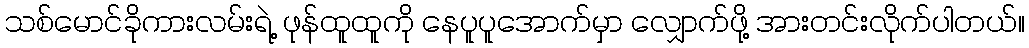
သစ်မောင်ခိုကားလမ်းရဲ့ ဖုန်ထူထူကို နေပူပူအောက်မှာ လျှောက်ဖို့ အားတင်းလိုက်ပါတယ်။